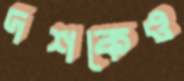
দশকেও